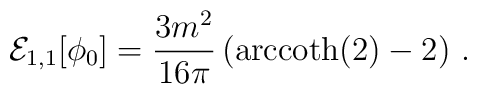
{\cal E}_{1,1}[\phi_0] = \frac{3m^2}{16 \pi}\left({\rm arccoth}(2)-2\right) \,.